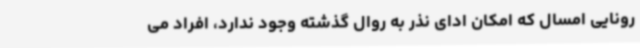
رونایی امسال که امکان ادای نذر به روال گذشته وجود ندارد، افراد می